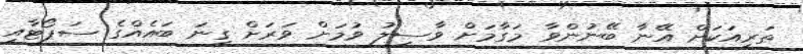
ތަރިއަކަށް އޭނާ ބޭނުންވާ މަގާމަށް ވާސިލު ވުމަށް ވަރަށް ގިނަ ބައެއްގެ ސަޕޯޓާއި